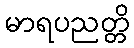
မာရပညတ္တိ